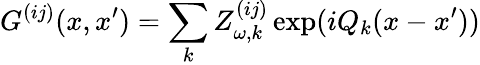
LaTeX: G^{(ij)}(x,x^{\prime})=\sum_{k}Z_{\omega,k}^{(ij)}\exp(iQ_{k}(x-x^{\prime}))